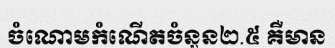
ចំណោមកំណើតចំនួន២.៥ គឺមាន